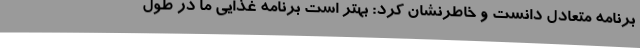
برنامه متعادل دانست و خاطرنشان کرد: بهتر است برنامه غذایی ما در طول